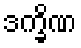
ဒက္ခိဏ